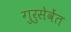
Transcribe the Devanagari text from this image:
गुरुसेवेंत